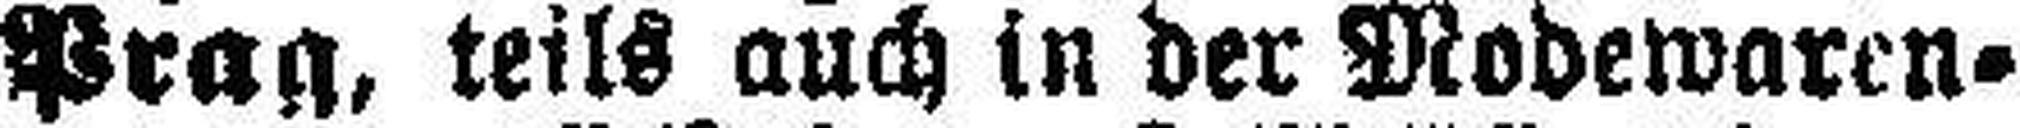
Prag, teils auch in der Modewaren¬